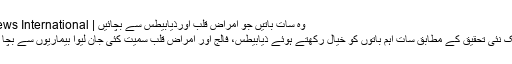
وہ سات باتیں جو امراضِ قلب اورذیابیطس سے بچائیں | Falak News International
واشنگٹن: ایک نئی تحقیق کے مطابق سات اہم باتوں کو خیال رکھتے ہوئے ذیابیطس، فالج اور امراضِ قلب سمیت کئی جان لیوا بیماریوں سے بچا جاسکتا ہے۔